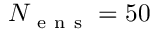
N _ { \mathrm { ~ e ~ n ~ s ~ } } = 5 0